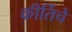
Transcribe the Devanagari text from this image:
कीर्तिचे